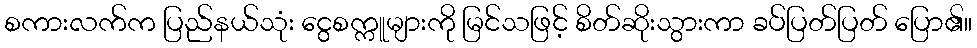
စကားလက်က ပြည်နယ်သုံး ငွေစက္ကူများကို မြင်သဖြင့် စိတ်ဆိုးသွားကာ ခပ်ပြတ်ပြတ် ပြော၏။